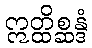
ဣတ္ထိစ္ဆန္ဒံ